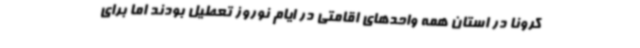
کرونا در استان همه واحدهای اقامتی در ایام نوروز تعطیل بودند اما برای